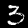
Digit: 3